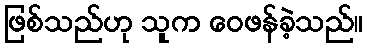
ဖြစ်သည်ဟု သူက ဝေဖန်ခဲ့သည်။